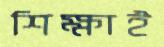
শিক্ষাই